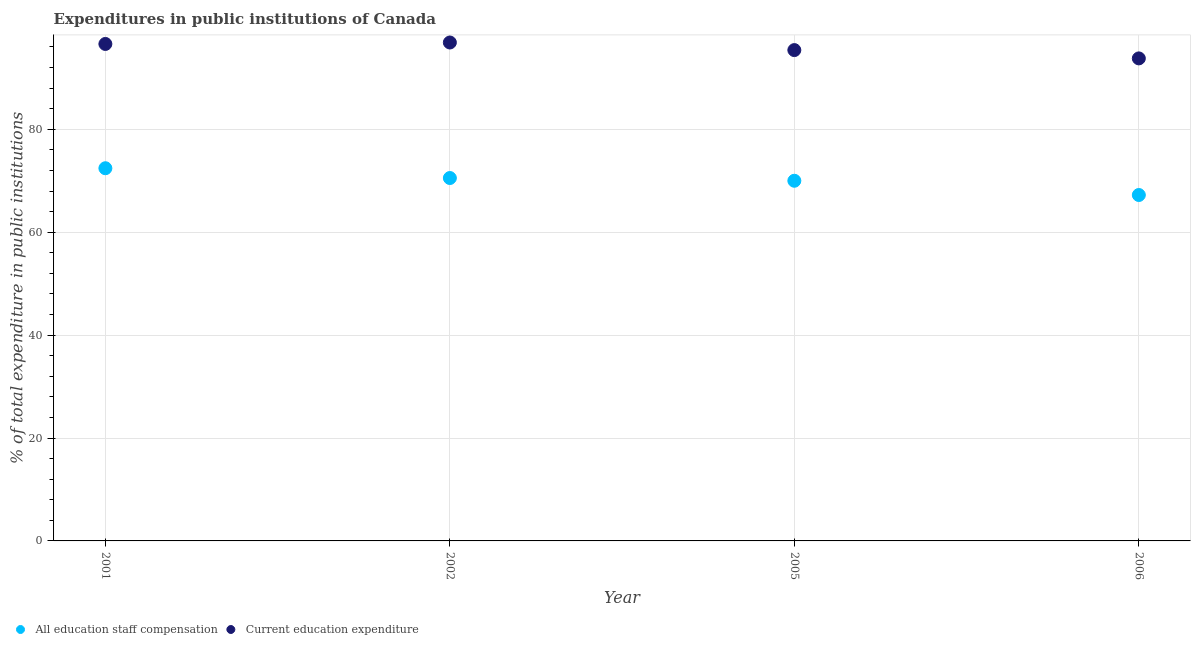
| Year | All education staff compensation | Current education expenditure |
 | --- | --- | --- |
 | 2001 | 72.4 | 96.6 |
 | 2002 | 70.5 | 96.9 |
 | 2005 | 70 | 95.4 |
 | 2006 | 67.2 | 93.8 |